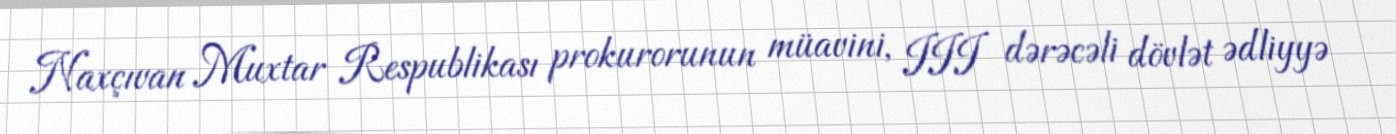
Naxçıvan Muxtar Respublikası prokurorunun müavini, III dərəcəli dövlət ədliyyə